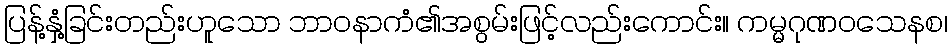
ပြန့်နှံ့ခြင်းတည်းဟူသော ဘာဝနာကံ၏အစွမ်းဖြင့်လည်းကောင်း။ ကမ္မဂုဏဝသေနစ၊